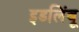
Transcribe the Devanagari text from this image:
इडलिंबू